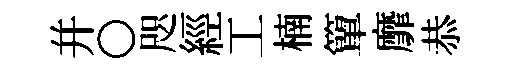
幷〇咫經工楠簞靡恭